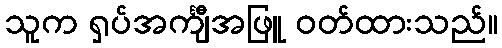
သူက ရှပ်အင်္ကျီအဖြူ ဝတ်ထားသည်။